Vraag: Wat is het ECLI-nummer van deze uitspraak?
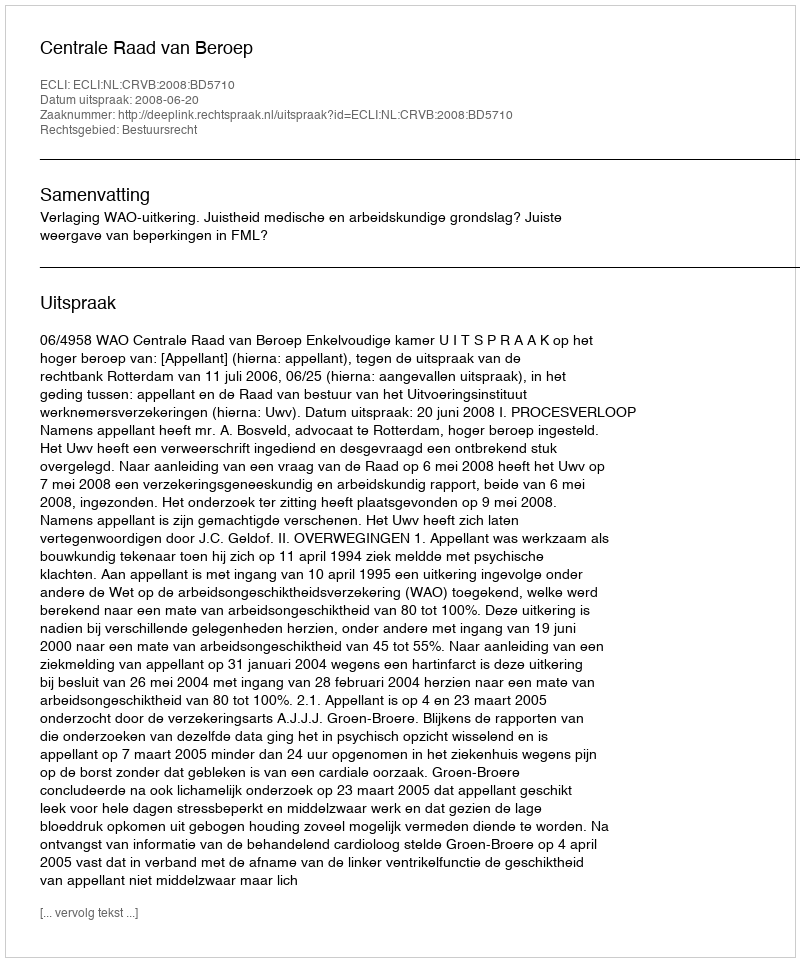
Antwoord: ECLI:NL:CRVB:2008:BD5710